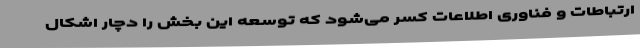
ارتباطات و فناوری اطلاعات کسر می‌شود که توسعه این بخش را دچار اشکال